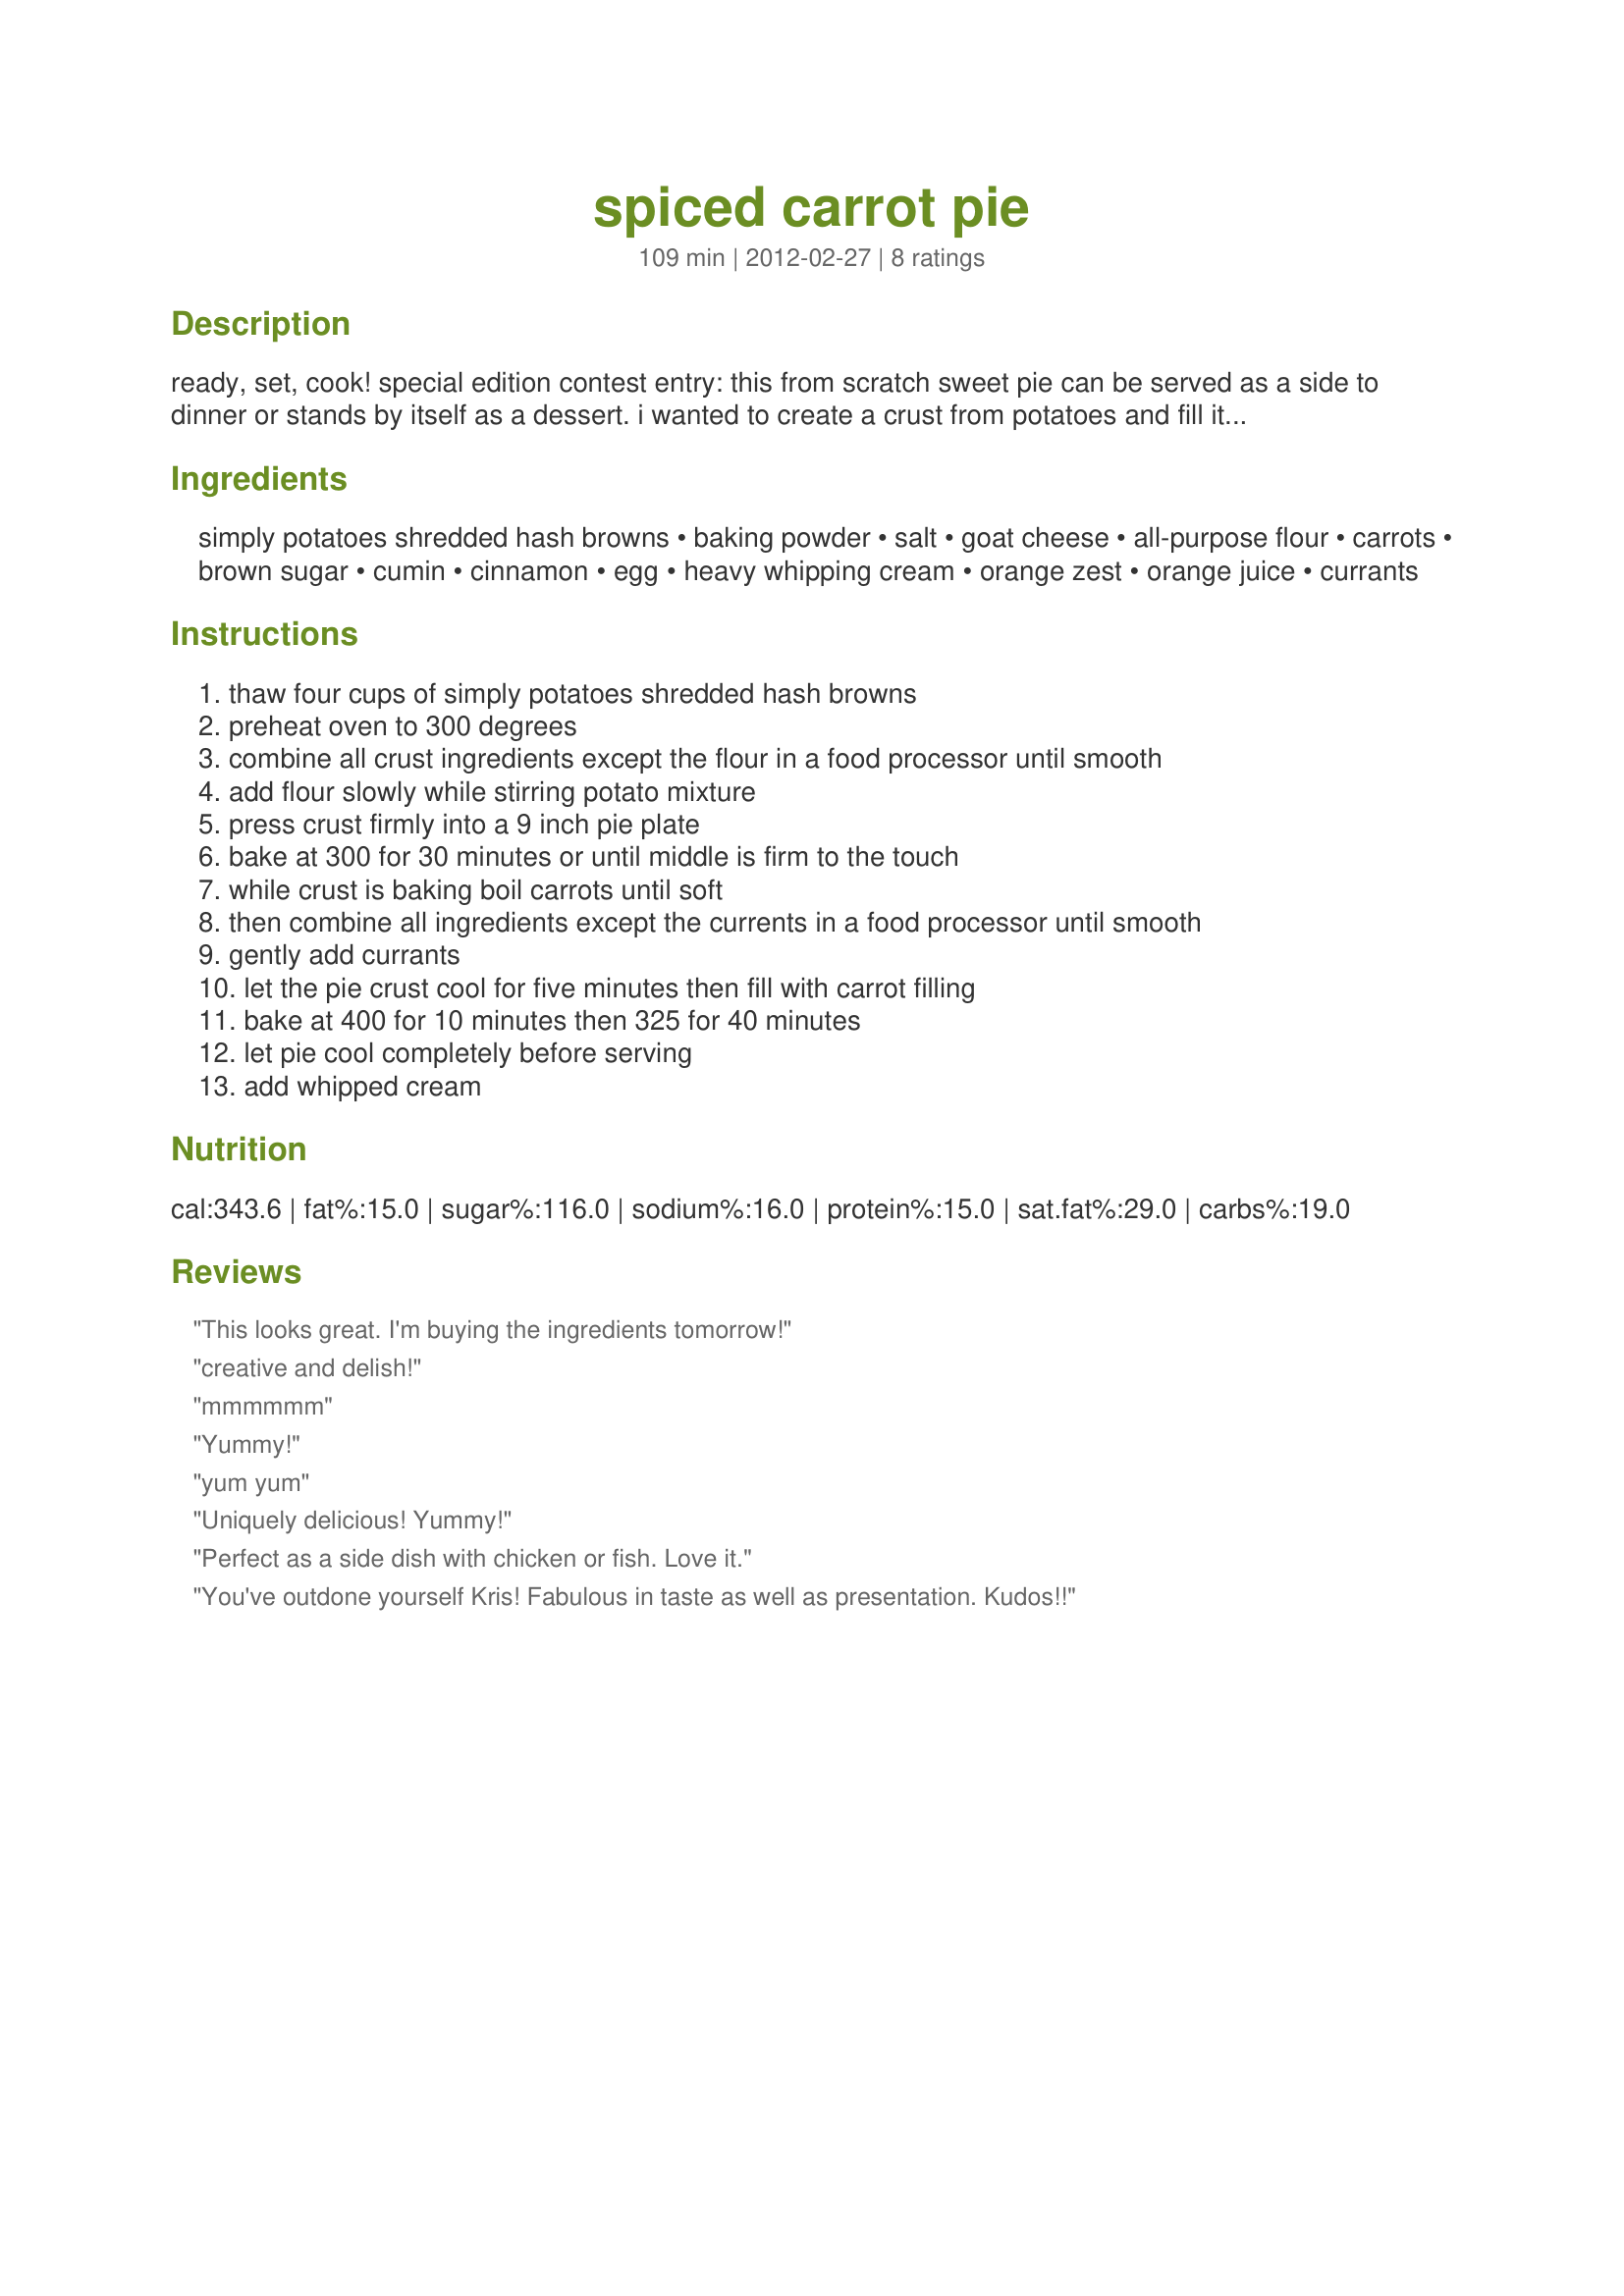
spiced carrot pie
Preparation time: 109 minutes

ready, set, cook! special edition contest entry: this from scratch sweet pie can be served as a side to dinner or stands by itself as a dessert. i wanted to create a crust from potatoes and fill it with something unique. this is where the idea began. i added some goat cheese to the crust in order to make it more rich and zante currants to the carrot filling for texture. with a little whipped topping it is a great accompaniment to any dinner.

Ingredients:
simply potatoes shredded hash browns, baking powder, salt, goat cheese, all-purpose flour, carrots, brown sugar, cumin, cinnamon, egg, heavy whipping cream, orange zest, orange juice, currants

Steps:
thaw four cups of simply potatoes shredded hash browns
preheat oven to 300 degrees
combine all crust ingredients except the flour in a food processor until smooth
add flour slowly while stirring potato mixture
press crust firmly into a 9 inch pie plate
bake at 300 for 30 minutes or until middle is firm to the touch
while crust is baking boil carrots until soft
then combine all ingredients except the currents in a food processor until smooth
gently add currants
let the pie crust cool for five minutes then fill with carrot filling
bake at 400 for 10 minutes then 325 for 40 minutes
let pie cool completely before serving
add whipped cream

Reviews:
This looks great. I'm buying the ingredients tomorrow!
creative and delish!
mmmmmm
Yummy!
yum yum
Uniquely delicious! Yummy!
Perfect as a side dish with chicken or fish. Love it.
You've outdone yourself Kris! Fabulous in taste as well as presentation. Kudos!!
